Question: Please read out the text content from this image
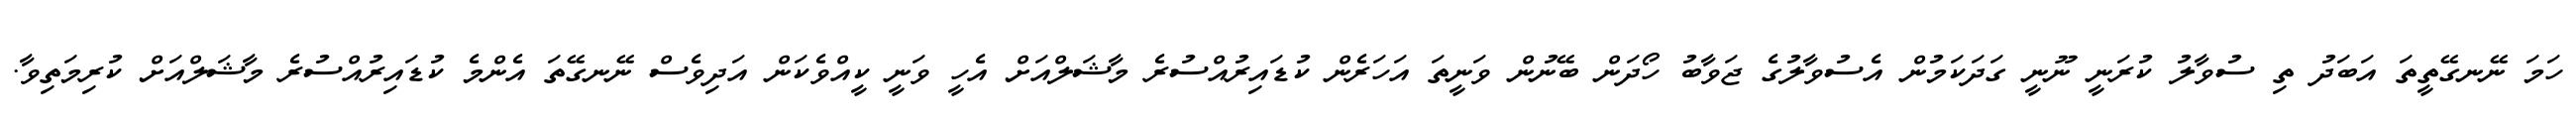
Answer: ހަމަ ނޭނގޭތީތަ އަބަދު ތި ސުވާލު ކުރަނީ ނޫނީ ގަދަކަމުން އެސުވާލުގެ ޖަވާބު ހޯދަން ބޭނުން ވަނީތަ އަހަރެން ކުޑައިރުއްސުރެ މާޝަލްއަށް އެހީ ވަނީ ކީއްވެކަން އަދިވެސް ނޭނގޭތަ އެންމެ ކުޑައިރުއްސުރެ މާޝަލްއަށް ކުރިމަތިވާ.